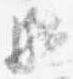
駈